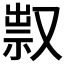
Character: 𠭥